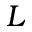
L